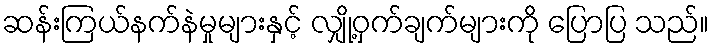
ဆန်းကြယ်နက်နဲမှုများနှင့် လျှို့ဝှက်ချက်များကို ပြောပြ သည်။